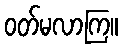
ဝတ်မလာကြ။